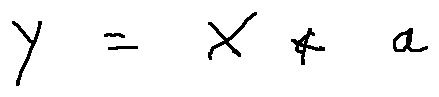
Y = X + a